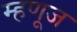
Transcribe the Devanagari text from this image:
म्हणूज